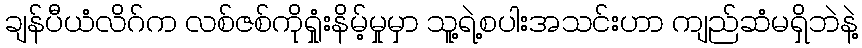
ချန်ပီယံလိဂ်က လစ်ဇစ်ကိုရှုံးနိမ့်မှုမှာ သူ့ရဲ့စပါးအသင်းဟာ ကျည်ဆံမရှိဘဲနဲ့